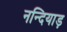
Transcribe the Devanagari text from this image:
नन्दियाड़